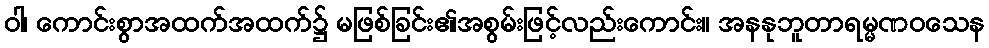
ဝါ၊ ကောင်းစွာအထက်အထက်၌ မဖြစ်ခြင်း၏အစွမ်းဖြင့်လည်းကောင်း။ အနနုဘူတာရမ္မဏဝသေန